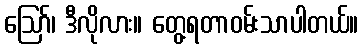
ဪ၊ ဒီလိုလား။ တွေ့ရတာဝမ်းသာပါတယ်။